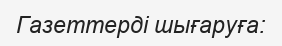
Газеттерді шығаруға: